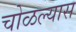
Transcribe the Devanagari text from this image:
चोळल्यास